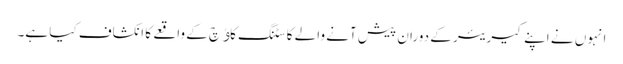
انہوں نے اپنے کیریئر کے دوران پیش آنے والے کاسٹنگ کاﺅچ کے واقعے کا انکشاف کیا ہے۔